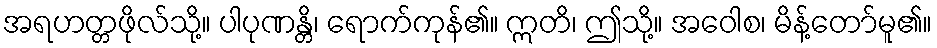
အရဟတ္တဖိုလ်သို့။ ပါပုဏန္တိ၊ ရောက်ကုန်၏။ ဣတိ၊ ဤသို့။ အဝေါစ၊ မိန့်တော်မူ၏။